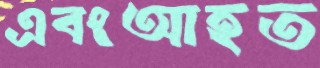
এবংআহত